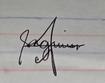
Signature authenticity: genuine